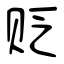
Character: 贬